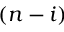
( n - i )